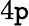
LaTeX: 4\mathtt{p}